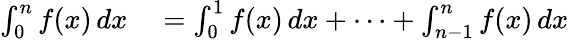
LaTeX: \begin{array}{rl}{\int_{0}^{n}f(x)\, dx}&{{}=\int_{0}^{1}f(x)\, dx+\dotsb+\int_{n-1}^{n}f(x)\, dx}\end{array}